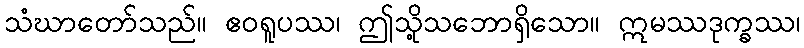
သံဃာတော်သည်။ ဧဝရူပဿ၊ ဤသို့သဘောရှိသော။ ဣမဿဒုက္ခဿ၊